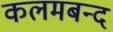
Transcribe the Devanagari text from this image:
कलमबन्द